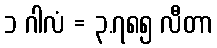
၁ ဂါလံ = ၃.၇၈၅ လီတာ